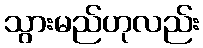
သွားမည်ဟုလည်း